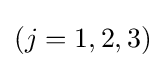
(j=1,2,3)